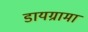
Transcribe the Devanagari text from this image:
डायग्रामा